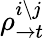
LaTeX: \rho_{\rightarrow t}^{i\setminus j}